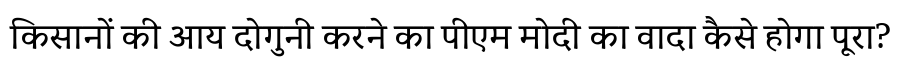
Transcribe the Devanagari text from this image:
किसानों की आय दोगुनी करने का पीएम मोदी का वादा कैसे होगा पूरा?